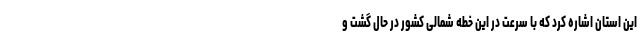
این استان اشاره کرد که با سرعت در این خطه شمالی کشور در حال گشت و